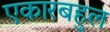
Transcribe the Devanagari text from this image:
एकारबहुल